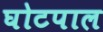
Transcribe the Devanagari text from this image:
घोटपाल